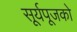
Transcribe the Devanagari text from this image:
सूर्यपूजको